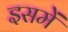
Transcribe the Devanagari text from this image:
इसमेें